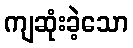
ကျဆုံးခဲ့သော